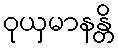
ဝုယှမာနန္တိ